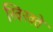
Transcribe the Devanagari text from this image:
खिखते